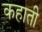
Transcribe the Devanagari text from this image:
कहाती